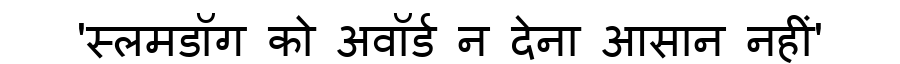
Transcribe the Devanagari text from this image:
'स्लमडॉग को अवॉर्ड न देना आसान नहीं'